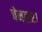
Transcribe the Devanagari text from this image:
चेनदार।